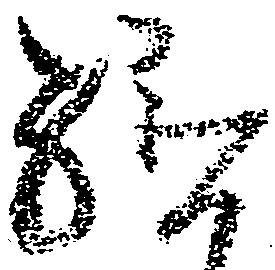
給